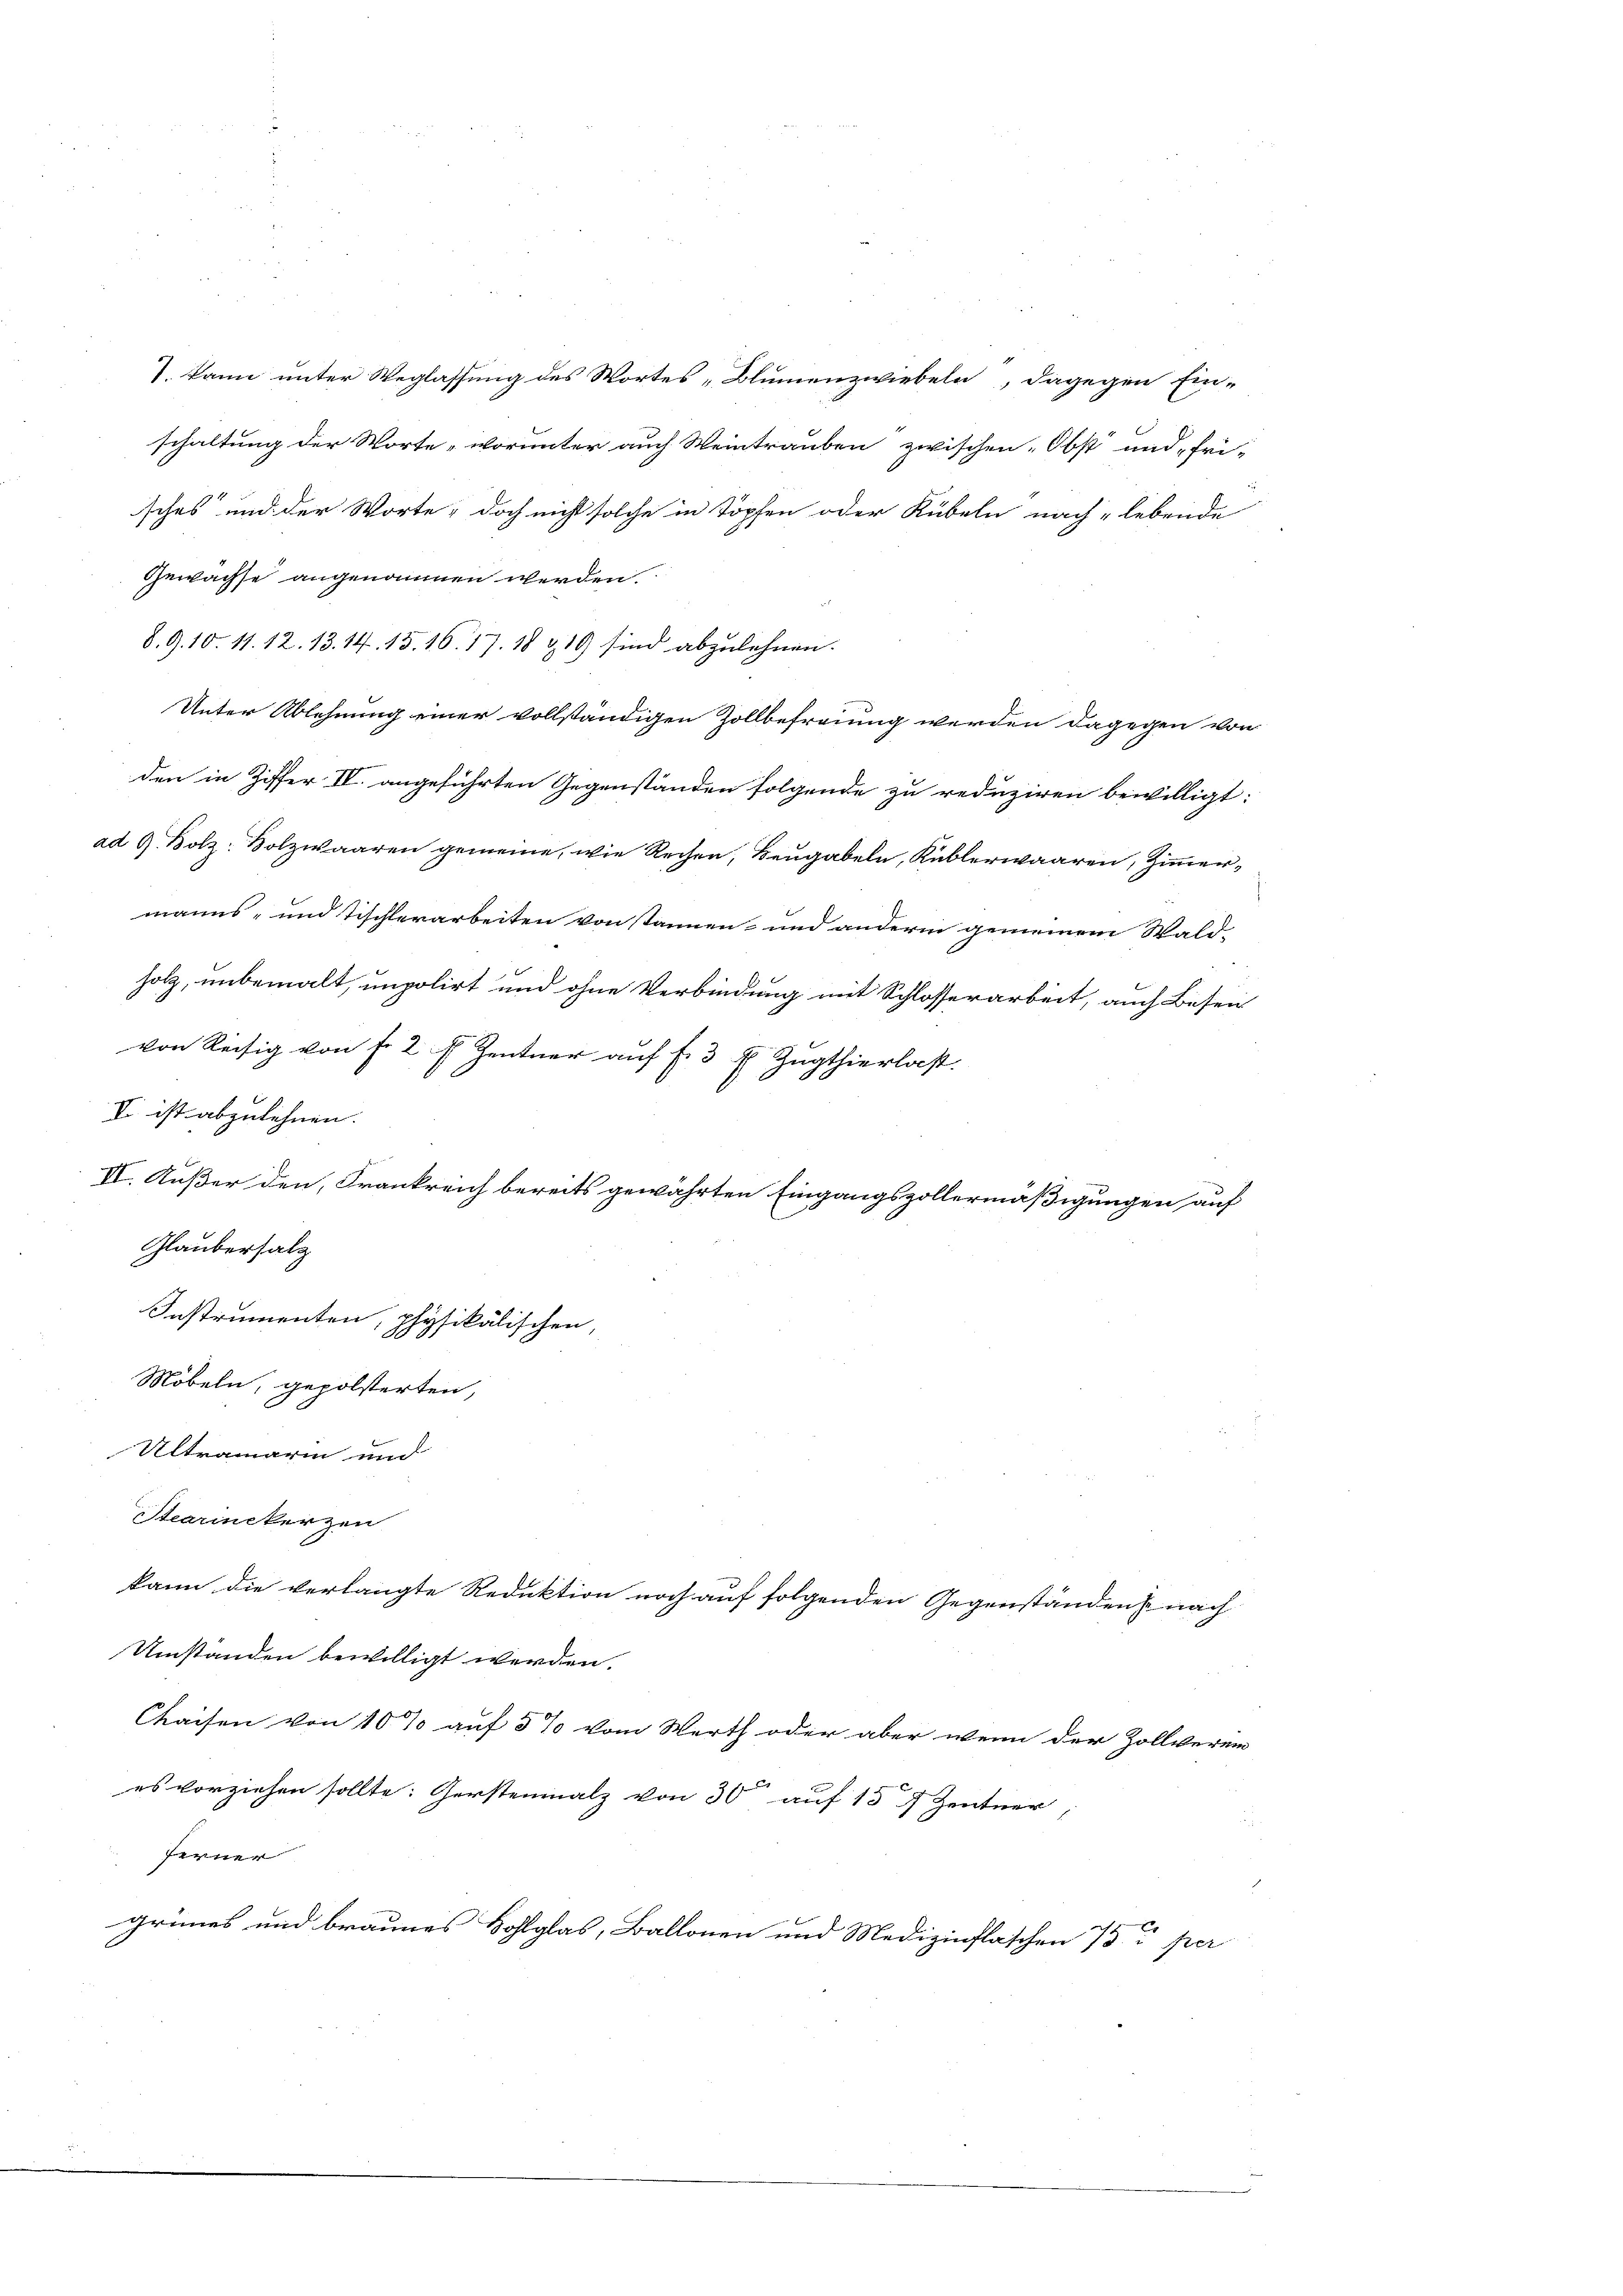
8. 9.10. 11. 12. 13. 14. 15. 16. 17. 18 & 19 sind abzulehnen.

). kann unter Weglassung des Wortes „Blumenzwiebeln, dagegen Einschaltung der Worte - worunter auch Weintrauben zwischen Obst und „fri-
sches und der Worte, doch nicht solche in Köpfen oder Kübeln nach "lebende
Gewächse angenommen werden.
Unter Ablehnung einer vollständigen Zollbefreiung werden dagegen von
den in Ziffer IV. angeführten Gegenständen folgende zu reduziren bewilligt:
ad G. Bolz- Bolzwaaren gemeine, wie Rechen, Beŭgabeln, Küblerwaaren, Ziṁer-
manns- und Tischlerarbeiten von kannen- und anderm gemeinem Wald-
holz, unbemalt, unpolirt und ohne Verbindung mit Schlosserarbeit, auch Besen
von Reisig von f. 2 f Zentner auf f. 3 f. Zugthierlast.
V. ist abzulehnen.
e
III. Außer den Frankreich bereits gewährten Eingangszollermäßigungen auf
Glaubersalz
Instrumenten, physikalischen,
Möbeln, gepolsterten,
Ultramarin und
Stearinekerzen
kann die verlangte Reduktion noch auf folgenden Gegenständen nach
Umständen bewilligt werden.
Chaisen von 10% auf 5% vom Werth oder aber wenn der Zollverein
es vorziehen sollte: Gerstenmalz von 30 auf 15 7 Zentner,
ferner
grünes und braunes Hohlglas, Ballonen und Medizinflaschen 15 per